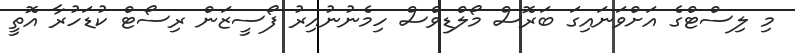
މި ލިސްޓްގެ އަށްވަނައިގަ ބަރޮސް މޯލްޑިވްސް ހިމެނުނުއިރު ފޯސީޒަން ރިސޯޓް ކުޑަހުރާ އޮތީ